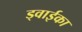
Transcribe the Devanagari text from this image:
ड्वाईका